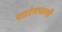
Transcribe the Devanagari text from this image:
शारंगपाणी